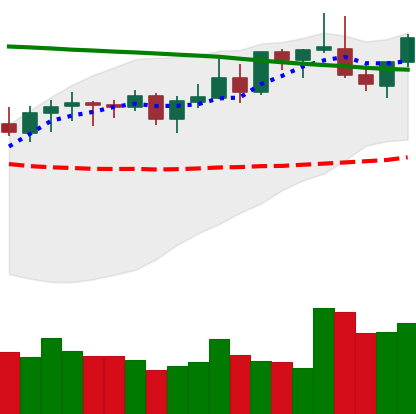
Ticker: LINK-USD
Chart end date: 2021-08-20
Forward return: -7.6%
Label: down_7plus